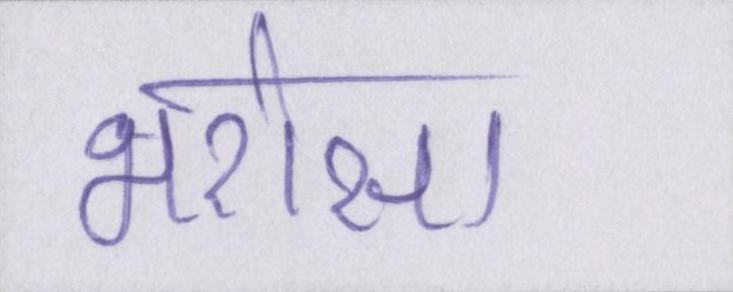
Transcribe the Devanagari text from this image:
भरोसा